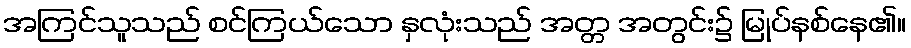
အကြင်သူသည် စင်ကြယ်သော နှလုံးသည် အတ္တ အတွင်း၌ မြုပ်နစ်နေ၏။